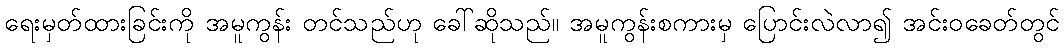
ရေးမှတ်ထားခြင်းကို အမူကွန်း တင်သည်ဟု ခေါ်ဆိုသည်။ အမူကွန်းစကားမှ ပြောင်းလဲလာ၍ အင်းဝခေတ်တွင်